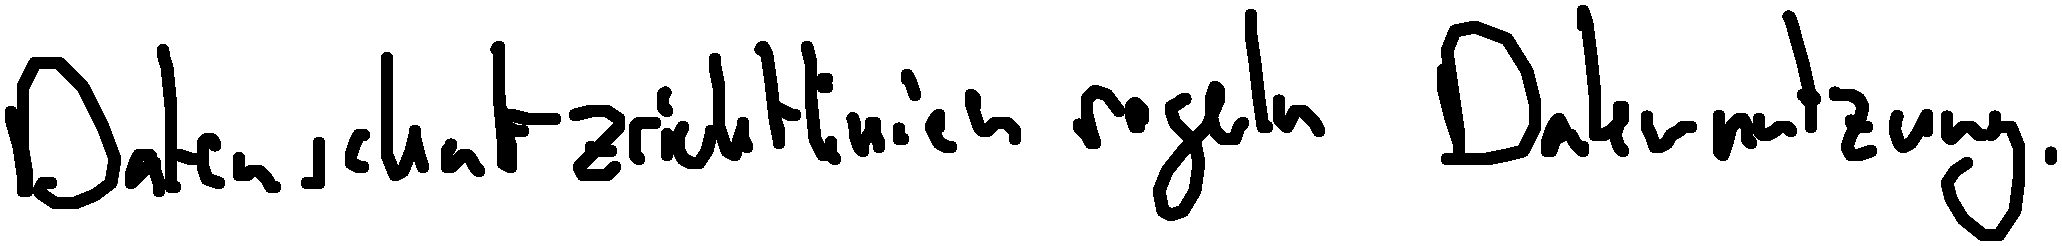
Datenschutzrichtlinien regeln Datennutzung.